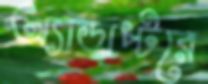
অ্যাডাপ্টরে